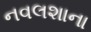
નવલશાના